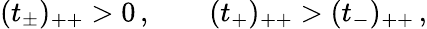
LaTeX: (t_{\pm})_{++}>0\, ,\qquad(t_{+})_{++}>(t_{-})_{++}\, ,